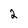
Character: 2